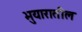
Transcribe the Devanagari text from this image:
भुयारातील